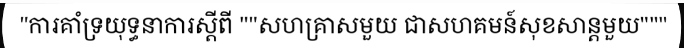
ការគាំទ្រយុទ្ធនាការស្តីពី "សហគ្រាសមួយ ជាសហគមន៍សុខសាន្តមួយ"